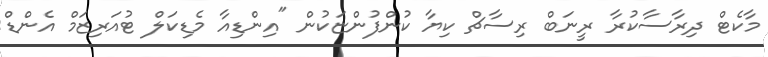
މާކެޓް ދިރާސާކުރާ ރީނަބް ރިސާޗް ކިޔާ ކުންފުންޏަކުން "އިންޑިއާ މެޑިކަލް ޓުއަރިޒަމް އެންޑް